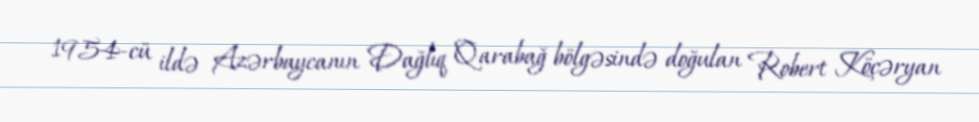
1954-cü ildə Azərbaycanın Dağlıq Qarabağ bölgəsində doğulan Robert Köçəryan